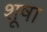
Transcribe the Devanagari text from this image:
शूषा